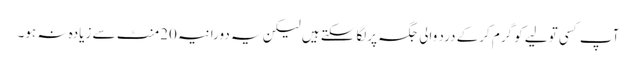
آپ کسی تولیے کو گرم کرکے درد والی جگہ پرلگاسکتے ہیں لیکن یہ دورانیہ 20منٹ سے زیادہ نہ ہو۔